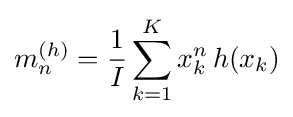
m_{n}^{(h)}={\frac {1}{I}}\sum _{k=1}^{K}x_{k}^{n}\,h(x_{k})